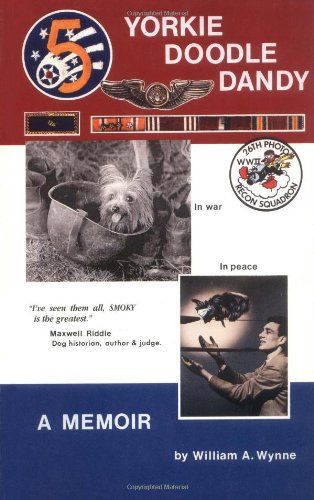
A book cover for Yorkie Doodle Dandy: A Memoir; William A. Wynne; Engineering & Transportation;